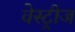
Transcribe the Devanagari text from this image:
वेस्ट्रीज